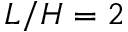
L / H = 2